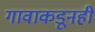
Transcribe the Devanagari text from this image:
गावाकडूनही